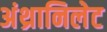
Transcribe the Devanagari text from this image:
अंथ्रानिलेट